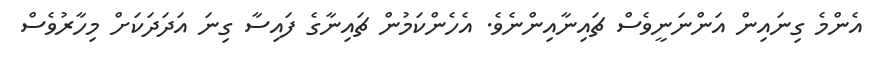
އެންމެ ގިނައިން އަންނަނީވެސް ޗައިނާއިންނެވެ. އެހެންކަމުން ޗައިނާގެ ފައިސާ ގިނަ އަދަދަކަށް މިހާރުވެސް